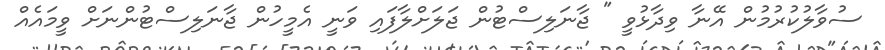
ސުވާލުކުރުމުން އޭނާ ވިދާޅުވީ " ޖާނަލިސްޓުން ޖަލަށްލާފައި ވަނީ އެމީހުން ޖާނަލިސްޓުންނަށް ވީމައެއް